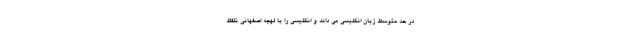
در حد متوسط زبان انگلیسی می داند و انگلیسی را با لهجه اصفهانی تلفظ